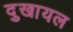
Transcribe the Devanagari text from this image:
दुखायल